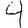
Digit: 4